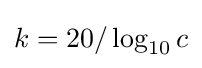
k=20/\log _{10}c